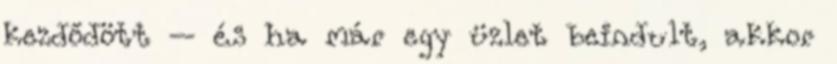
kezdődött – és ha már egy üzlet beindult, akkor